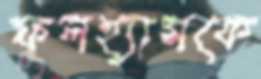
ফুলহ্যামকে